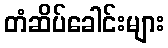
တံဆိပ်ခေါင်းများ